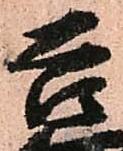
吉